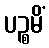
ပဉ္စမိံ